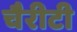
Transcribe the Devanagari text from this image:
चैरीटी